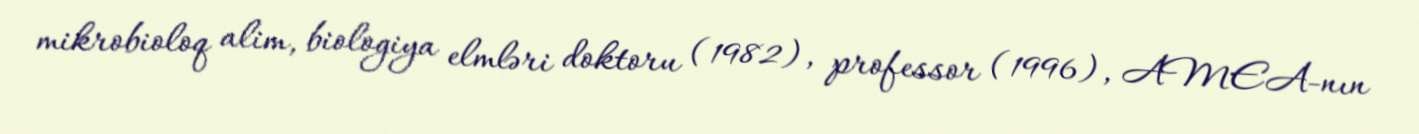
mikrobioloq alim, biologiya elmləri doktoru (1982), professor (1996), AMEA-nın